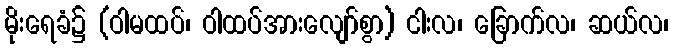
မိုးရေခံ၌ (ဝါမထပ်၊ ဝါထပ်အားလျော်စွာ) ငါးလ၊ ခြောက်လ၊ ဆယ်လ၊